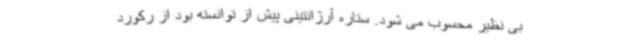
بی نظیر محسوب می شود. ستاره آرژانتینی پیش از توانسته بود از رکورد